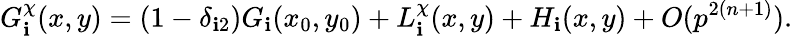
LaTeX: G_{\mathbf{i}}^{\chi}(x,y)=(1-\delta_{\mathbf{i}2})G_{\mathbf{i}}(x_{0},y_{0})+L_{\mathbf{i}}^{\chi}(x,y)+H_{\mathbf{i}}(x,y)+O(p^{2(n+1)}).